Document type: Oath
Year: 1405
Scribe: Guillem de Lledó
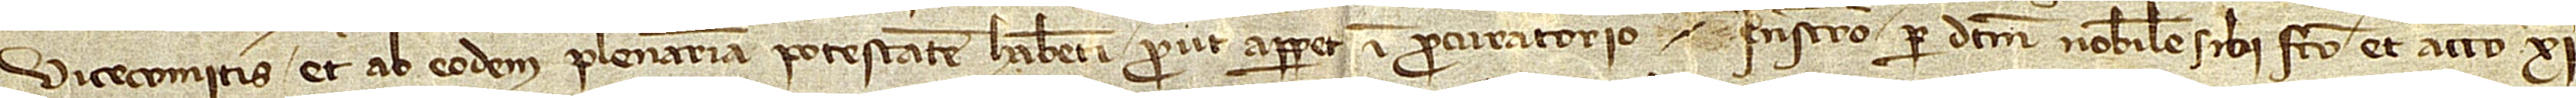
vicecomitis et ab eodem plenariam potestatem habenti, prout apparet in procuratorio instrumento per dictum nobilem sibi facto et acto XIª